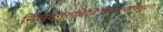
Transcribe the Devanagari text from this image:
निजवनरुचिजितशतशतविधुवन।